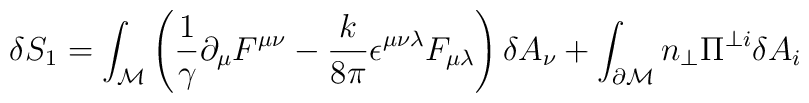
\delta S_1=\int_{\cal M}\left(\frac{1}{\gamma}\partial_\mu  F^{\mu\nu}-\frac{k}{8\pi}\epsilon^{\mu\nu\lambda}F_{\mu\lambda} \right)\delta A_\nu+\int_{\partial\cal M}n_\perp\Pi^{\perp i} \delta A_{i}